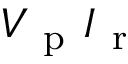
V _ { \mathrm { ~ p ~ } } I _ { \mathrm { ~ r ~ } }